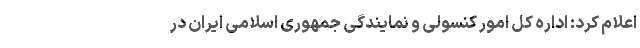
اعلام کرد: اداره کل امور کنسولی و نمایندگی جمهوری اسلامی ایران در